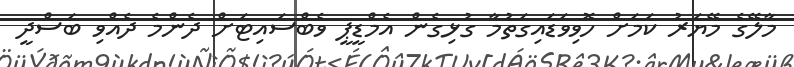
މާލޭގެ މޭޔަރު ކަމަށް ހޮވިވަޑައިގަތުމާ ގުޅިގެން އެމްޑީޕީ ވެބްސައިޓަށް ދެންމެ ދެއްވި ބަސްދީ